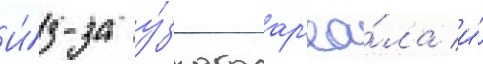
И́з-за у́зкого ар'еа́ла и́